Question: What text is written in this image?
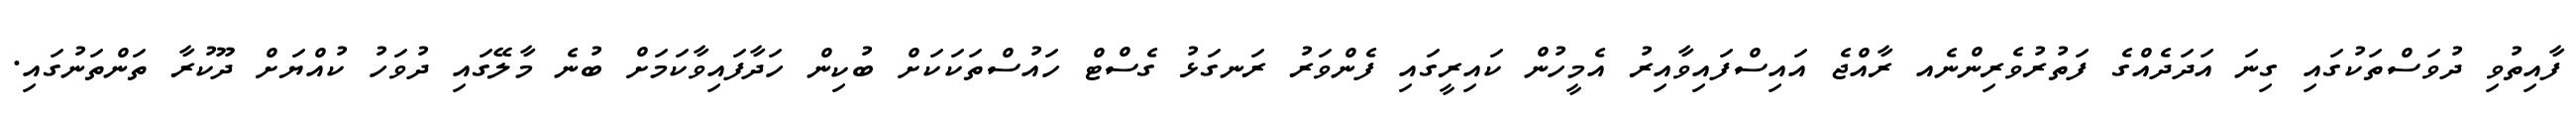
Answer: ފާއިތުވި ދުވަސްތަކުގައި ގިނަ އަދަދެއްގެ ފަތުރުވެރިންނެއ ރާއްޖެ އައިސްފައިވާއިރު އެމީހުން ކައިރީގައި ފެންވަރު ރަނގަޅު ގެސްޓް ހައުސްތަކަކަށް ބުކިން ހަދާފައިވާކަމަށް ބުނެ މާލޭގައި ދުވަހު ކުއްޔަށް ދޫކުރާ ތަންތަނުގައި.